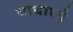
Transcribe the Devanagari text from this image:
याथार्थ्य